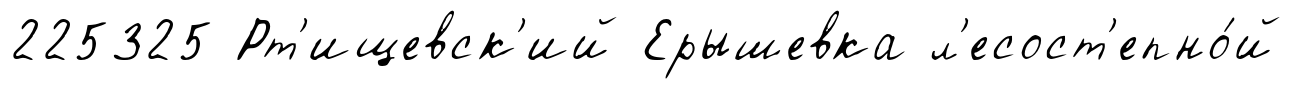
225325 Рт'ищевск'ий Ерышевка л'есост'епно́й